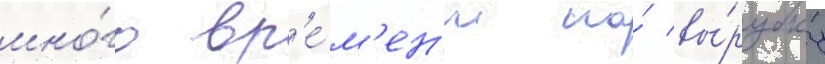
мно́го вр'е́м'ен'и на́ вы́рубку